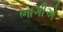
ભાગીએ